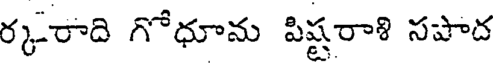
ర్కరాది గోధూమ పిష్టరాళి సపాద